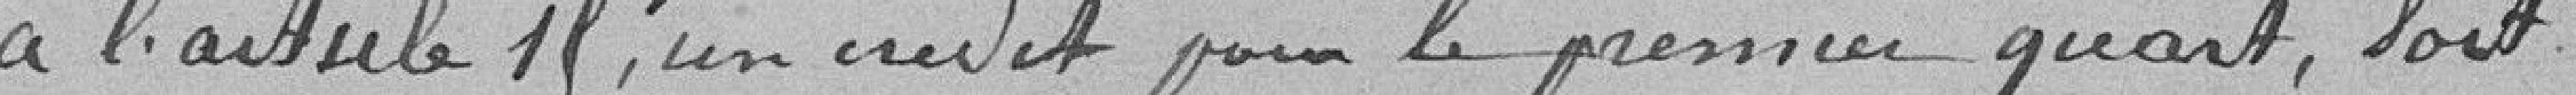
à l'article 15, un crédit pour le premier quart, soit